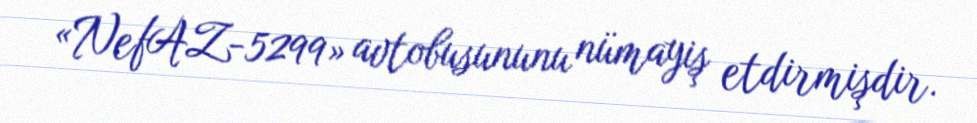
«NefAZ-5299» avtobusununu nümayiş etdirmişdir.